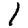
Digit: 1